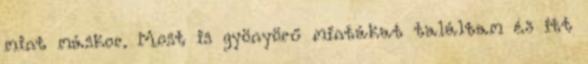
mint máskor. Most is gyönyörű mintákat találtam és itt